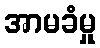
အာမခံမှု